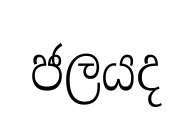
ජලයද